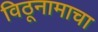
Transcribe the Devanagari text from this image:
विठूनामाचा